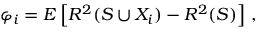
\varphi _ { i } = E \left[ R ^ { 2 } ( S \cup X _ { i } ) - R ^ { 2 } ( S ) \right] \, ,